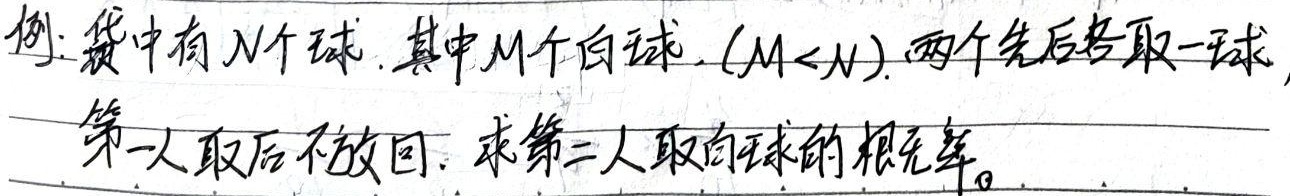
例：袋中有\(N\)个球，其中\(M\)个白球（\(M < N\)），两人先后各取一球，第一人取后不放回，求第二人取到白球的概率。